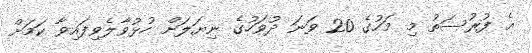
އެ ފުރުސަތު މި މަހުގެ 20 ވަނަ ދުވަހުގެ ނިޔަލަށް ހުޅުވާލެވިފައިވާ ކަމަށް